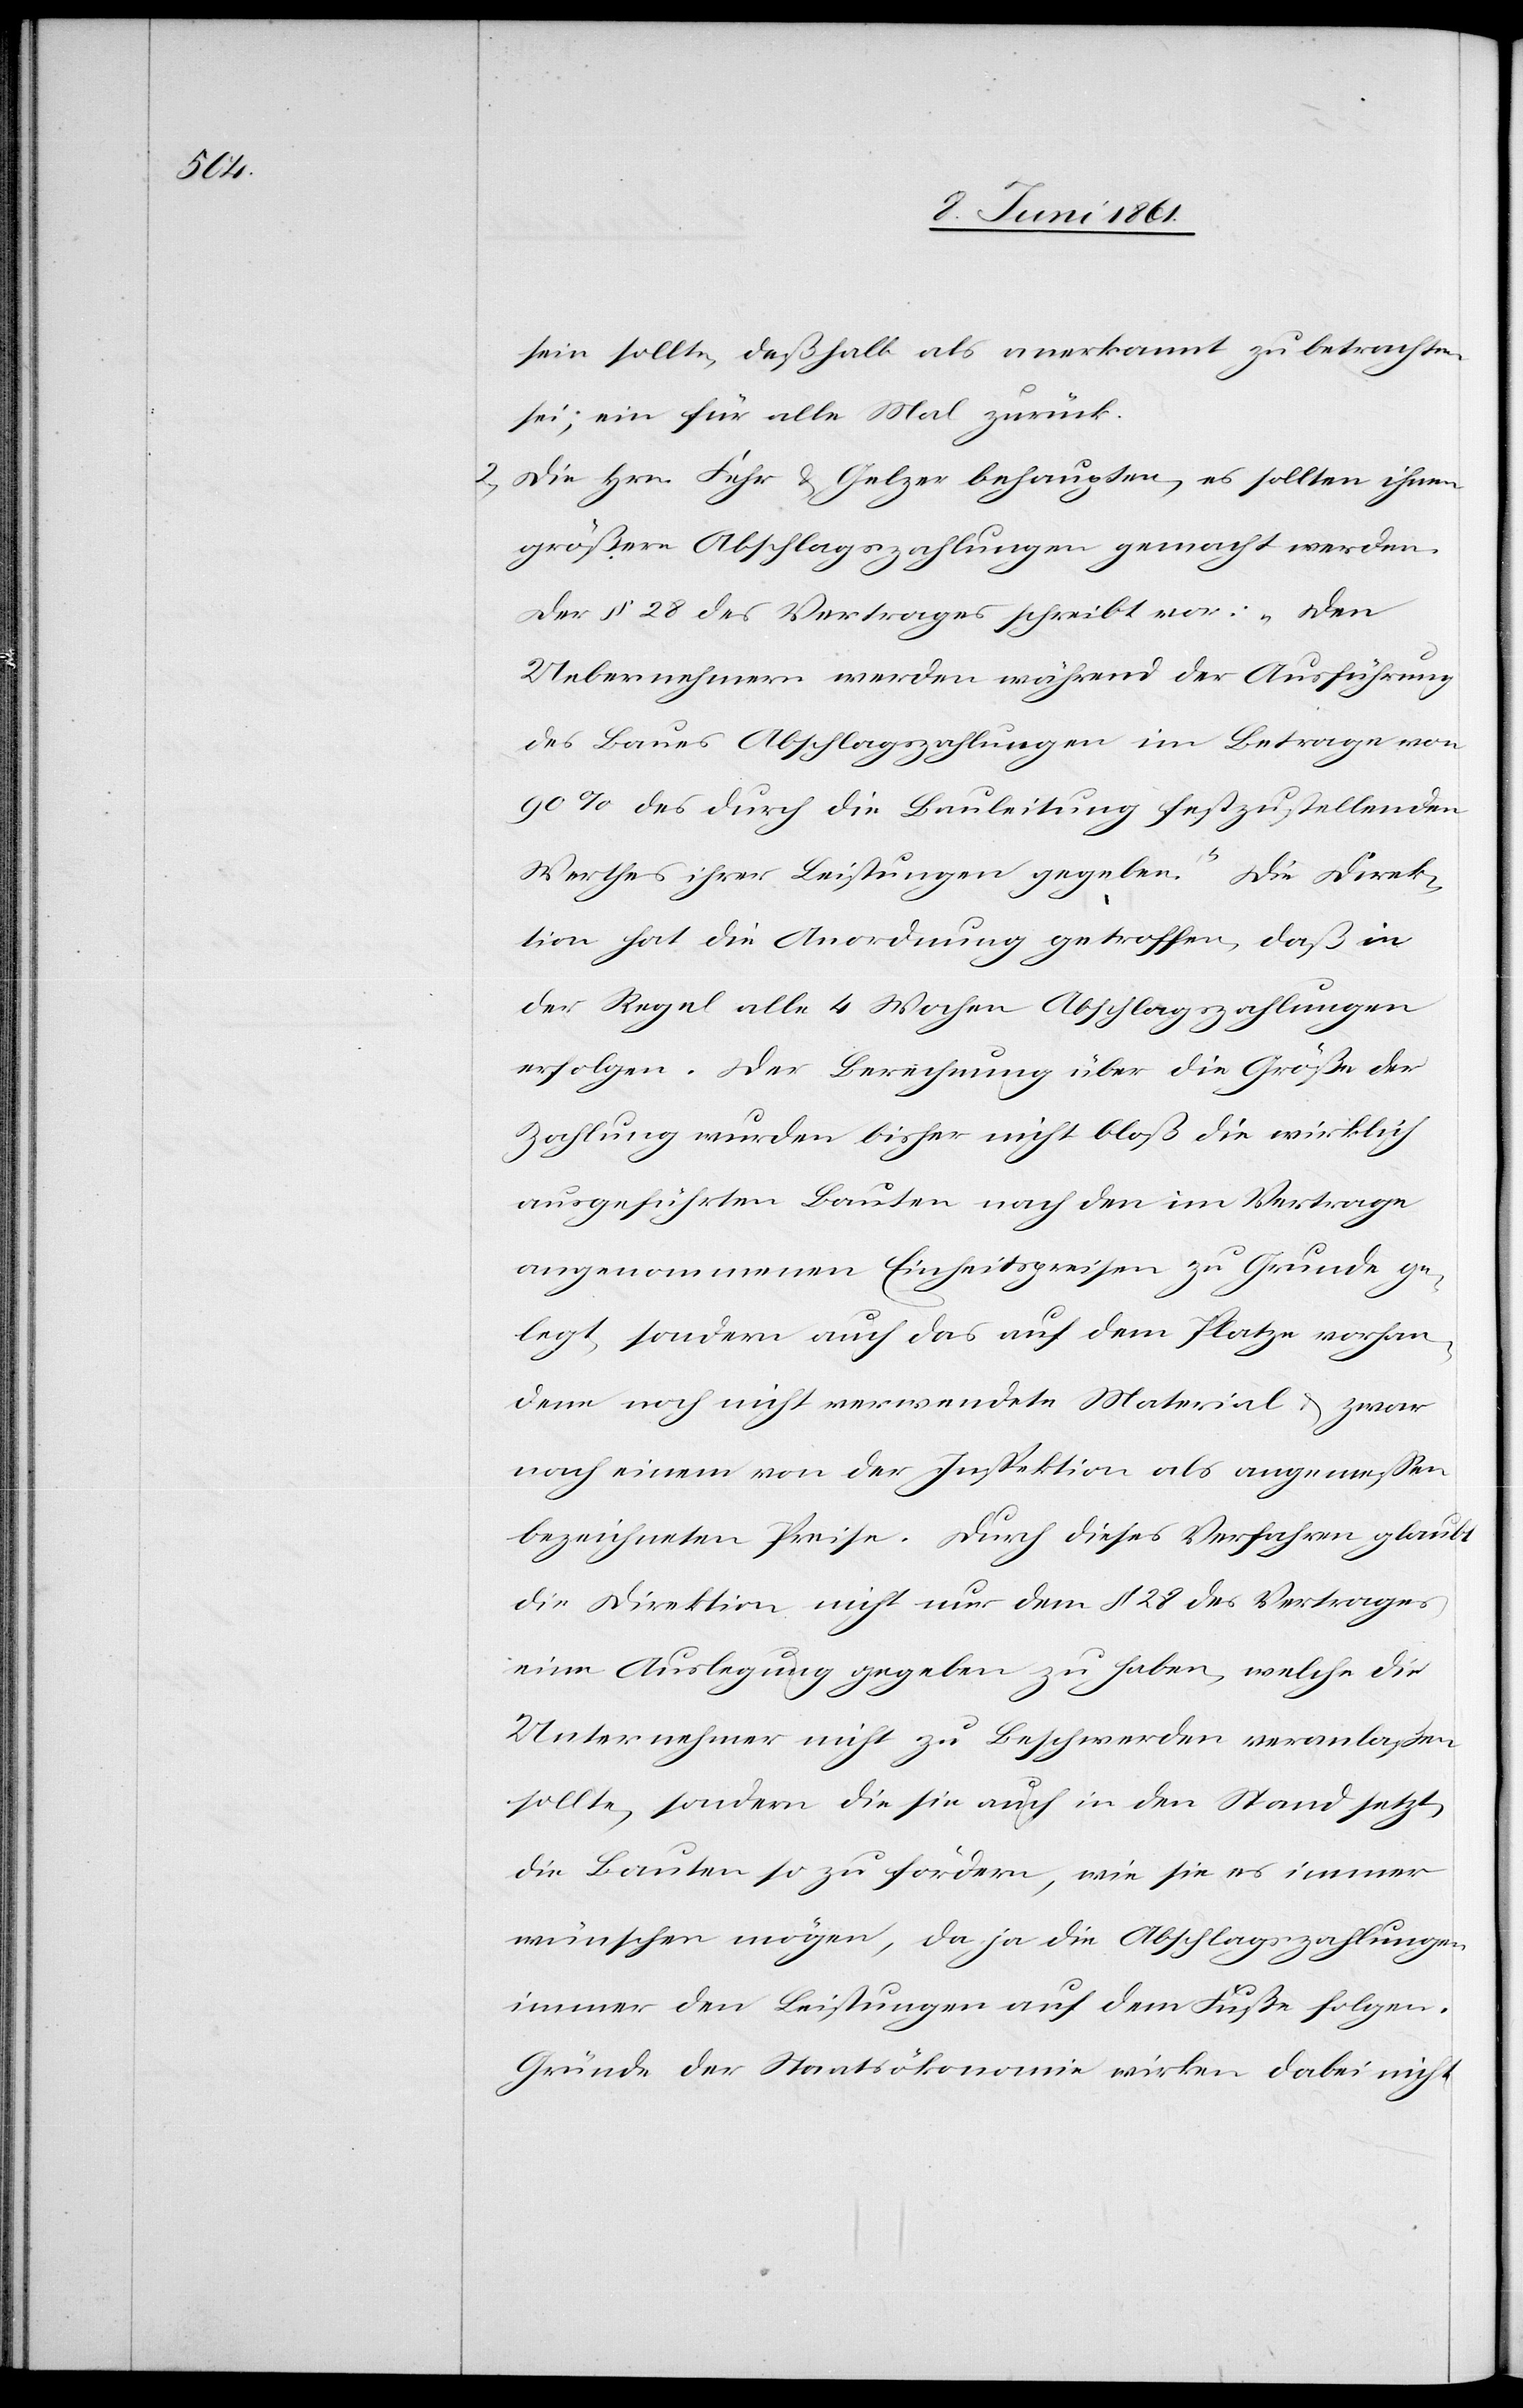
sein sollte, deßhalb als anerkannt zu betrachten
sei; ein für alle Mal zurück.
2) Die Hrn. Fehr u. Gelzer behaupten, es sollten ihnen
größere Abschlagszahlungen gemacht werden.
Der §. 28 des Vertrages schreibt vor: „Den
Uebernehmern werden während der Ausführung
des Baues Abschlagszahlungen im Betrage von
90% des durch die Bauleitung festzustellenden
Werthes ihrer Leistungen gegeben.“ Die Direk¬
tion hat die Anordnung getroffen, daß in
der Regel alle 4 Wochen Abschlagszahlungen
erfolgen. Der Berechnung über die Größe der
Zahlung wurden bisher nicht bloß die wirklich
ausgeführten Bauten nach den im Vertrage
angenommenen Einheitspreisen zu Grunde ge¬
legt, sondern auch das auf dem Platze vorhan¬
dene noch nicht verwendete Material u. zwar
nach einem von der Inspektion als angemessen
bezeichneten Preise. Durch dieses Verfahren glaubt
die Direktion nicht nur dem §. 28 des Vertrages
eine Auslegung gegeben zu haben, welche die
Unternehmer nicht zu Beschwerden veranlaßen
sollte, sondern die sie auch in den Stand setzt,
die Bauten so zu fördern, wie sie es immer
wünschen mögen, da ja die Abschlagszahlungen
immer den Leistungen auf dem Fuße folgen.
Gründe der Staatsökonomie wirken dabei nicht